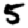
Digit: 5